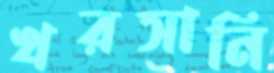
খরসানি